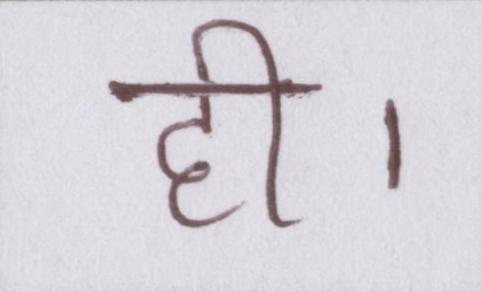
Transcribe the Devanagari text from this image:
ही।